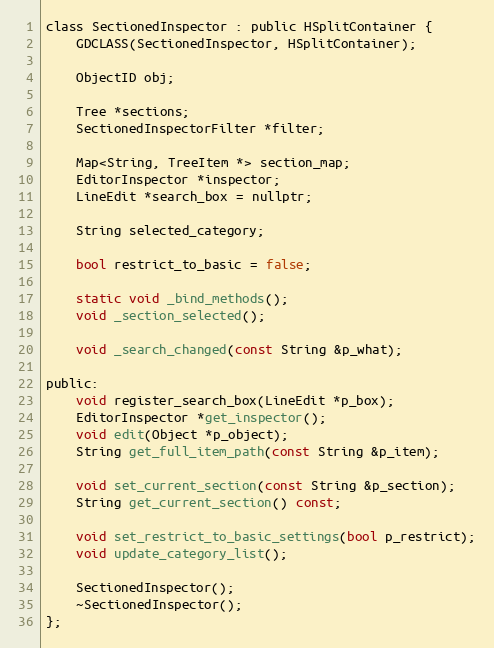
Language: C
class SectionedInspector : public HSplitContainer {
	GDCLASS(SectionedInspector, HSplitContainer);

	ObjectID obj;

	Tree *sections;
	SectionedInspectorFilter *filter;

	Map<String, TreeItem *> section_map;
	EditorInspector *inspector;
	LineEdit *search_box = nullptr;

	String selected_category;

	bool restrict_to_basic = false;

	static void _bind_methods();
	void _section_selected();

	void _search_changed(const String &p_what);

public:
	void register_search_box(LineEdit *p_box);
	EditorInspector *get_inspector();
	void edit(Object *p_object);
	String get_full_item_path(const String &p_item);

	void set_current_section(const String &p_section);
	String get_current_section() const;

	void set_restrict_to_basic_settings(bool p_restrict);
	void update_category_list();

	SectionedInspector();
	~SectionedInspector();
};